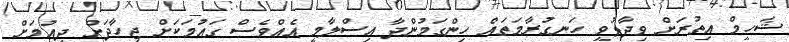
ޝަހީމް އިތުރަށް ވިދާޅުވީ ހަނގުރާމަތައް ހިންގަމުންދާ އިސްލާމީ އެއްވެސް ގައުމަކަށް ޖިހާދަށް ދިއުމަށް